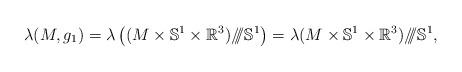
LaTeX: \begin{align*}\lambda(M,g_1) = \lambda \left( (M\times \mathbb{S}^1\times\mathbb{R}^3)/\!\!/\!\!/\mathbb{S}^1 \right) = \lambda(M\times \mathbb{S}^1\times\mathbb{R}^3)/\!\!/\!\!/\mathbb{S}^1,\end{align*}